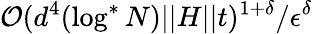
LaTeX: \mathcal{O}(d^{4}(\log^{*}N)\vert\vert H\vert\vert t)^{1+\delta}/\epsilon^{\delta}